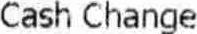
CASH CHANGE